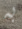
به